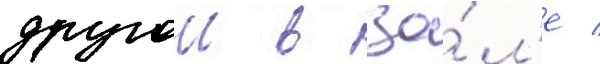
другои в за́л'е /